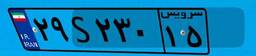
۲۹S۲۳۰۱۵